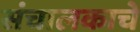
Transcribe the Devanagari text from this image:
संचालकाचे